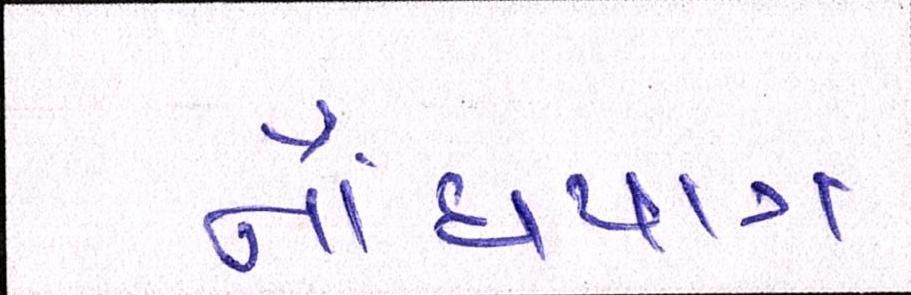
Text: નોંધપાત્ર